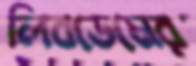
লিবডেমের